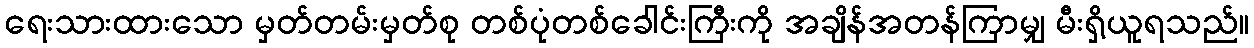
ရေးသားထားသော မှတ်တမ်းမှတ်စု တစ်ပုံတစ်ခေါင်းကြီးကို အချိန်အတန်ကြာမျှ မီးရှိ့ယူရသည်။